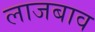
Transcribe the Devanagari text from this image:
लाजबाव